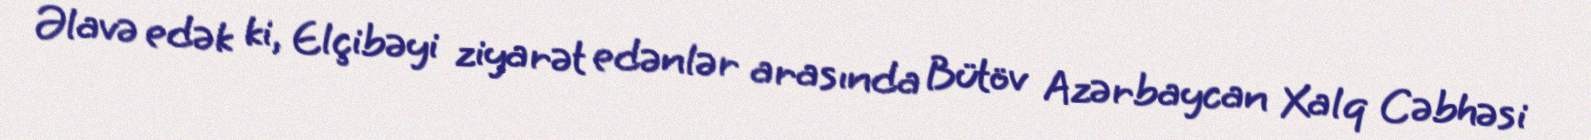
Əlavə edək ki, Elçibəyi ziyarət edənlər arasında Bütöv Azərbaycan Xalq Cəbhəsi